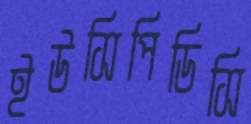
ইউসিপিডিসি